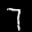
Label: 7